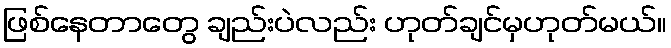
ဖြစ်နေတာတွေ ချည်းပဲလည်း ဟုတ်ချင်မှဟုတ်မယ်။